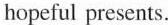
hopeful presents.